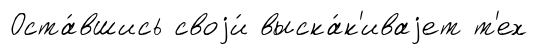
Оста́вшись своjи́ выска́к'иваjет т'ех